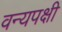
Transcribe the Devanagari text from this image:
वन्यपक्षी